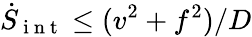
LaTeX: \dot{S}_{\mathrm{~i~n~t~}}\leq(v^{2}+f^{2})/D